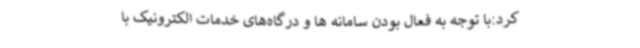
کرد:با توجه به فعال بودن سامانه ها و درگاه‌های خدمات الکترونیک با